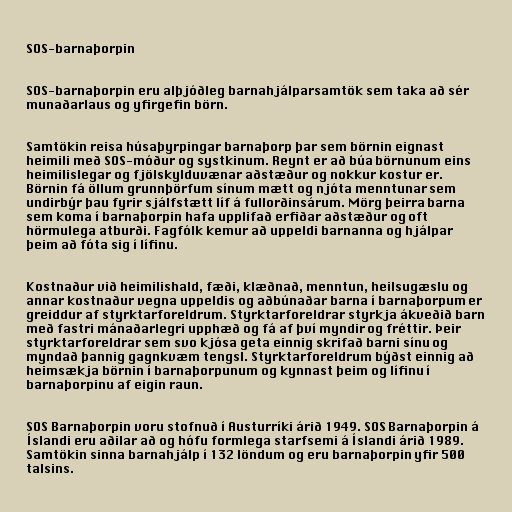
SOS-barnaþorpin

SOS-barnaþorpin eru alþjóðleg barnahjálparsamtök sem taka að sér
munaðarlaus og yfirgefin börn.

Samtökin reisa húsaþyrpingar barnaþorp þar sem börnin eignast
heimili með SOS-móður og systkinum. Reynt er að búa börnunum eins
heimilislegar og fjölskylduvænar aðstæður og nokkur kostur er.
Börnin fá öllum grunnþörfum sínum mætt og njóta menntunar sem
undirbýr þau fyrir sjálfstætt líf á fullorðinsárum. Mörg þeirra barna
sem koma í barnaþorpin hafa upplifað erfiðar aðstæður og oft
hörmulega atburði. Fagfólk kemur að uppeldi barnanna og hjálpar
þeim að fóta sig í lífinu.

Kostnaður við heimilishald, fæði, klæðnað, menntun, heilsugæslu og
annar kostnaður vegna uppeldis og aðbúnaðar barna í barnaþorpum er
greiddur af styrktarforeldrum. Styrktarforeldrar styrkja ákveðið barn
með fastri mánaðarlegri upphæð og fá af því myndir og fréttir. Þeir
styrktarforeldrar sem svo kjósa geta einnig skrifað barni sínu og
myndað þannig gagnkvæm tengsl. Styrktarforeldrum býðst einnig að
heimsækja börnin í barnaþorpunum og kynnast þeim og lífinu í
barnaþorpinu af eigin raun.

SOS Barnaþorpin voru stofnuð í Austurríki árið 1949. SOS Barnaþorpin á
Íslandi eru aðilar að og hófu formlega starfsemi á Íslandi árið 1989.
Samtökin sinna barnahjálp í 132 löndum og eru barnaþorpin yfir 500
talsins.